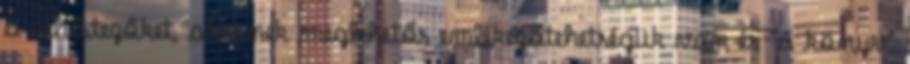
a whistezőket, akiknek meglehetős emlékezőtehetségük van és "a könyv"